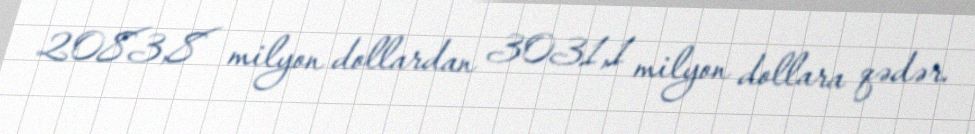
2083,8 milyon dollardan 3031,1 milyon dollara qədər.